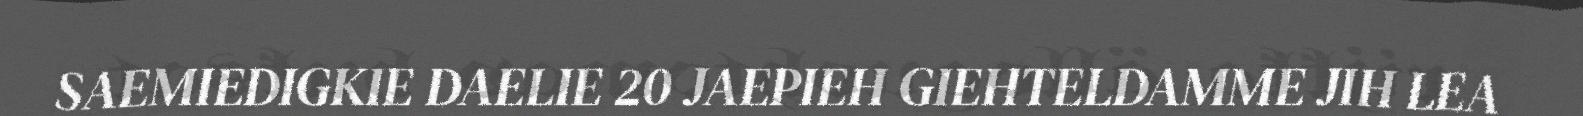
SAEMIEDIGKIE DAELIE 20 JAEPIEH GIEHTELDAMME JIH LEA